Report on the working of the Ranchi Indian Mental Hospital, Kanke, in Bihar and Orissa - 1930-1940
Year: 1930
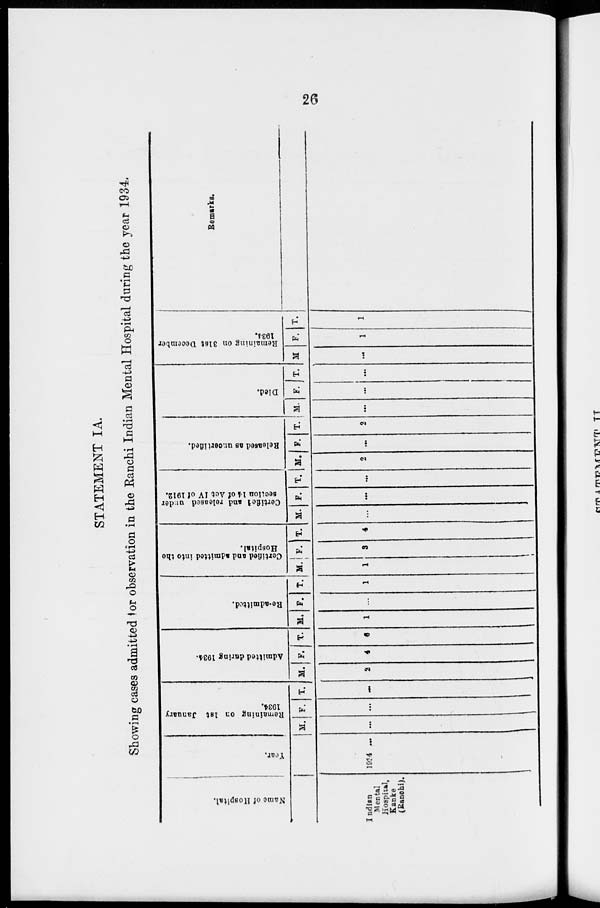
26
STATEMENT IA.
Showing cases admitted for observation in the Ranchi Indian Mental Hospital during the year 1934.
Name of Hospital.
Indian
Mental
Hospital,
Kanke
(Ranchi).
Year.
1934 ...
Remaining on 1st January
1934.
M.
...
F.
...
T.
...
Admitted during 1934.
M.
2
F.
4
T.
6
Re-admitted.
M.
1
F.
...
T.
1
Certified and admitted into the
Hospital.
M.
1
F.
3
T.
4
Certified and released under
section 14 of Act IV of 1912.
M.
...
F.
...
T.
...
Released as uncertified.
M.
2
F.
...
T.
2
Died.
M.
...
F.
...
T.
...
Remaining on 31st December
1934.
M.
...
F.
1
T.
1
Remarks.